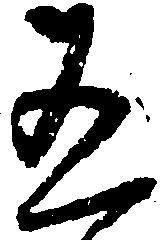
有